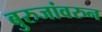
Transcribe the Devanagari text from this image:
बुरुजांवरुन